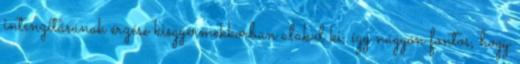
intenzitásának érzése kisgyermekkorban alakul ki, így nagyon fontos, hogy